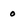
Character: 0